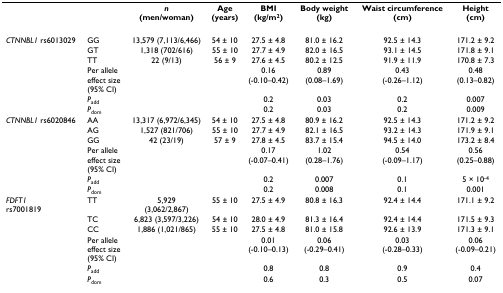
<table><thead><tr><td></td><td></td><td><b><i>n </i>(men/woman)</b></td><td><b>Age (years)</b></td><td><b>BMI (kg/m<sup>2</sup>)</b></td><td><b>Body weight (kg)</b></td><td><b>Waist circumference (cm)</b></td><td><b>Height (cm)</b></td></tr></thead><tbody><tr><td><i>CTNNBL1 </i>rs6013029</td><td>GG</td><td>13,579 (7,113/6,466)</td><td>54 ± 10</td><td>27.5 ± 4.8</td><td>81.0 ± 16.2</td><td>92.5 ± 14.3</td><td>171.2 ± 9.2</td></tr><tr><td></td><td>GT</td><td>1,318 (702/616)</td><td>55 ± 10</td><td>27.7 ± 4.9</td><td>82.0 ± 16.5</td><td>93.1 ± 14.5</td><td>171.8 ± 9.1</td></tr><tr><td></td><td>TT</td><td>22 (9/13)</td><td>56 ± 9</td><td>27.6 ± 4.5</td><td>80.2 ± 12.5</td><td>91.9 ± 11.9</td><td>170.8 ± 7.3</td></tr><tr><td></td><td>Per allele effect size(95% CI)</td><td></td><td></td><td>0.16(-0.10–0.42)</td><td>0.89(0.08–1.69)</td><td>0.43(-0.26–1.12)</td><td>0.48(0.13–0.82)</td></tr><tr><td></td><td><i>P</i><sub>add</sub></td><td></td><td></td><td>0.2</td><td>0.03</td><td>0.2</td><td>0.007</td></tr><tr><td></td><td><i>P</i><sub>dom</sub></td><td></td><td></td><td>0.2</td><td>0.03</td><td>0.2</td><td>0.009</td></tr><tr><td><i>CTNNBL1 </i>rs6020846</td><td>AA</td><td>13,317 (6,972/6,345)</td><td>54 ± 10</td><td>27.5 ± 4.8</td><td>80.9 ± 16.2</td><td>92.5 ± 14.3</td><td>171.2 ± 9.2</td></tr><tr><td></td><td>AG</td><td>1,527 (821/706)</td><td>55 ± 10</td><td>27.7 ± 4.9</td><td>82.1 ± 16.5</td><td>93.2 ± 14.3</td><td>171.9 ± 9.1</td></tr><tr><td></td><td>GG</td><td>42 (23/19)</td><td>57 ± 9</td><td>27.8 ± 4.5</td><td>83.7 ± 15.4</td><td>94.5 ± 14.0</td><td>173.2 ± 8.4</td></tr><tr><td></td><td>Per allele effect size(95% CI)</td><td></td><td></td><td>0.17(-0.07–0.41)</td><td>1.02(0.28–1.76)</td><td>0.54(-0.09–1.17)</td><td>0.56(0.25–0.88)</td></tr><tr><td></td><td><i>P</i><sub>add</sub></td><td></td><td></td><td>0.2</td><td>0.007</td><td>0.1</td><td>5 × 10<sup>-4</sup></td></tr><tr><td></td><td><i>P</i><sub>dom</sub></td><td></td><td></td><td>0.2</td><td>0.008</td><td>0.1</td><td>0.001</td></tr><tr><td><i>FDFT1</i>rs7001819</td><td>TT</td><td>5,929(3,062/2,867)</td><td>55 ± 10</td><td>27.5 ± 4.9</td><td>80.8 ± 16.3</td><td>92.4 ± 14.4</td><td>171.1 ± 9.2</td></tr><tr><td></td><td>TC</td><td>6,823 (3,597/3,226)</td><td>54 ± 10</td><td>28.0 ± 4.9</td><td>81.3 ± 16.4</td><td>92.4 ± 14.4</td><td>171.5 ± 9.3</td></tr><tr><td></td><td>CC</td><td>1,886 (1,021/865)</td><td>55 ± 10</td><td>27.5 ± 4.8</td><td>81.0 ± 15.8</td><td>92.6 ± 13.9</td><td>171.3 ± 9.1</td></tr><tr><td></td><td>Per allele effect size(95% CI)</td><td></td><td></td><td>0.01(-0.10–0.13)</td><td>0.06(-0.29–0.41)</td><td>0.03(-0.28–0.33)</td><td>0.06(-0.09–0.21)</td></tr><tr><td></td><td><i>P</i><sub>add</sub></td><td></td><td></td><td>0.8</td><td>0.8</td><td>0.9</td><td>0.4</td></tr><tr><td></td><td><i>P</i><sub>dom</sub></td><td></td><td></td><td>0.6</td><td>0.3</td><td>0.5</td><td>0.07</td></tr></tbody></table>